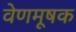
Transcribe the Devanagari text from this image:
वेणमूषक